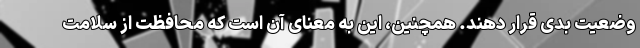
وضعیت بدی قرار دهند. همچنین، این به معنای آن است که محافظت از سلامت